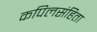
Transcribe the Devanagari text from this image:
कपिलसंहिता